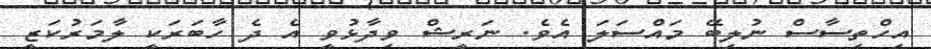
އިހްތިސާސް ނުލިބޭ މައްސަލަ އެވެ. ނަރީޝް ވިދާޅުވީ އެ ދެ ހާބަރަކީ ލާމަރުކަޒީ